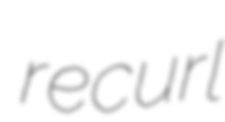
recurl